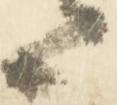
上